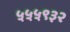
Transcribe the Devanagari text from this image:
५५५९३२